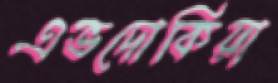
এভদোকিয়া